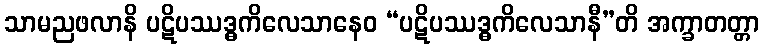
သာမညဖလာနိ ပဋိပဿဒ္ဓကိလေသာနေဝ “ပဋိပဿဒ္ဓကိလေသာနီ”တိ အက္ခာတတ္တာ